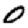
Digit: 0